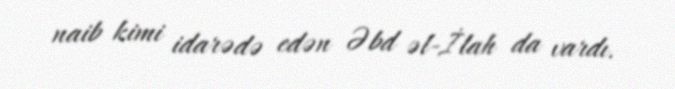
naib kimi idarədə edən Əbd əl-İlah da vardı.